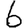
Digit: 6